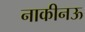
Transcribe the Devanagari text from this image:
नाकीनऊ